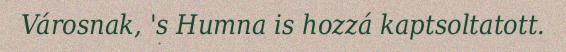
Városnak, 's Humna is hozzá kaptsoltatott.